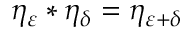
\eta _ { \varepsilon } * \eta _ { \delta } = \eta _ { \varepsilon + \delta }